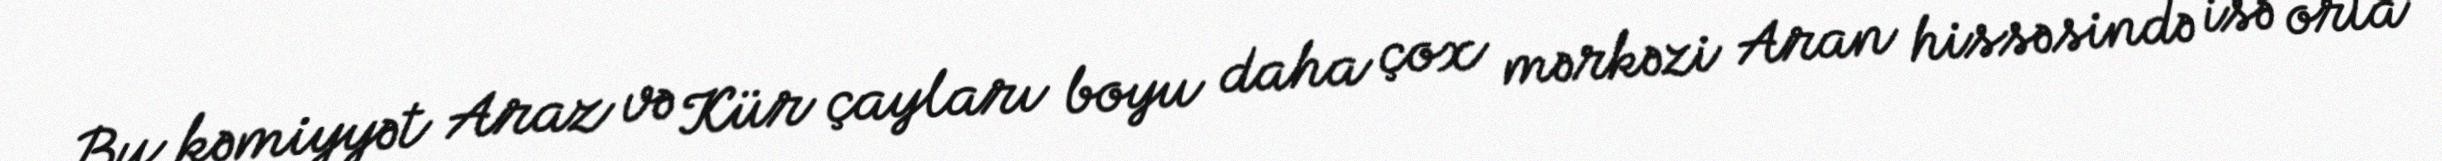
Bu kəmiyyət Araz və Kür çayları boyu daha çox mərkəzi Aran hissəsində isə orta